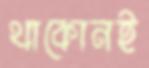
থাকোনই